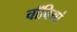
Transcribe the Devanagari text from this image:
चॉबियां